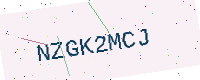
Text: NZGK2MCJ